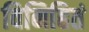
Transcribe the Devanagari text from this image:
विनिहितं